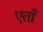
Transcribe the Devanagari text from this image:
एताँ